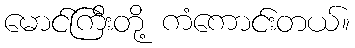
မောင်ကြီးတို့ ကံကောင်းတယ်။